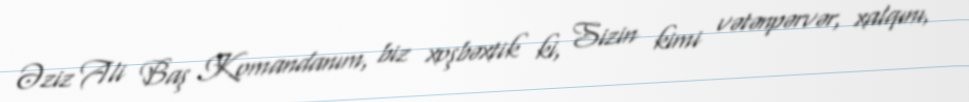
Əziz Ali Baş Komandanım, biz xoşbəxtik ki, Sizin kimi vətənpərvər, xalqını,